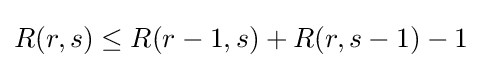
R(r,s)\leq R(r-1,s)+R(r,s-1)-1